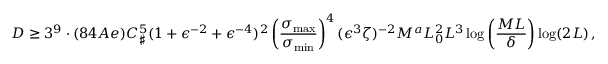
D \geq 3 ^ { 9 } \cdot ( 8 4 A e ) C _ { \sharp } ^ { 5 } ( 1 + \epsilon ^ { - 2 } + \epsilon ^ { - 4 } ) ^ { 2 } \left( \frac { \sigma _ { \operatorname* { m a x } } } { \sigma _ { \operatorname* { m i n } } } \right) ^ { 4 } ( \epsilon ^ { 3 } \zeta ) ^ { - 2 } M ^ { a } L _ { 0 } ^ { 2 } L ^ { 3 } \log \left( \frac { M L } \delta \right) \log ( 2 L ) \, ,